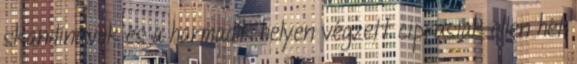
skandinávok és a harmadik helyen végzett ciprusiak ellen hét